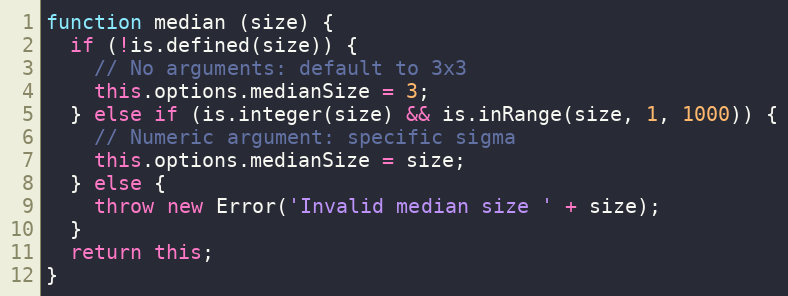
Language: JavaScript
function median (size) {
  if (!is.defined(size)) {
    // No arguments: default to 3x3
    this.options.medianSize = 3;
  } else if (is.integer(size) && is.inRange(size, 1, 1000)) {
    // Numeric argument: specific sigma
    this.options.medianSize = size;
  } else {
    throw new Error('Invalid median size ' + size);
  }
  return this;
}